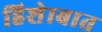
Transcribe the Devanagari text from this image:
हिशेाबात